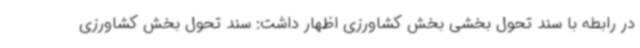
در رابطه با سند تحول بخشی بخش کشاورزی اظهار داشت: سند تحول بخش کشاورزی